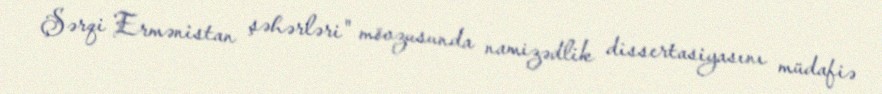
Şərqi Ermənistan şəhərləri" mövzusunda namizədlik dissertasiyasını müdafiə